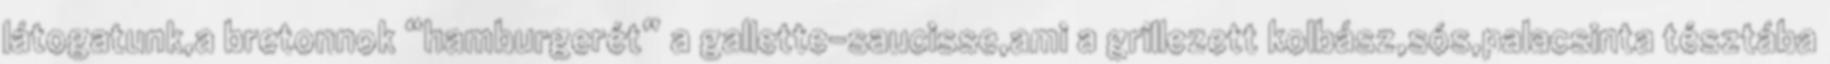
látogatunk,a bretonnok “hamburgerét” a gallette-saucisse,ami a grillezett kolbász,sós,palacsinta tésztába